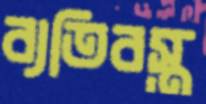
ব্যতিবস্ত